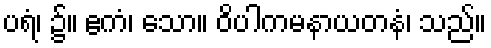
ပရံ၊ ၌။ ဧကံ၊ သော။ ဝိပါကမနာယတနံ၊ သည်။